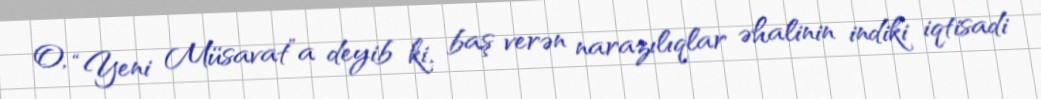
O, “Yeni Müsavat”a deyib ki, baş verən narazılıqlar əhalinin indiki iqtisadi